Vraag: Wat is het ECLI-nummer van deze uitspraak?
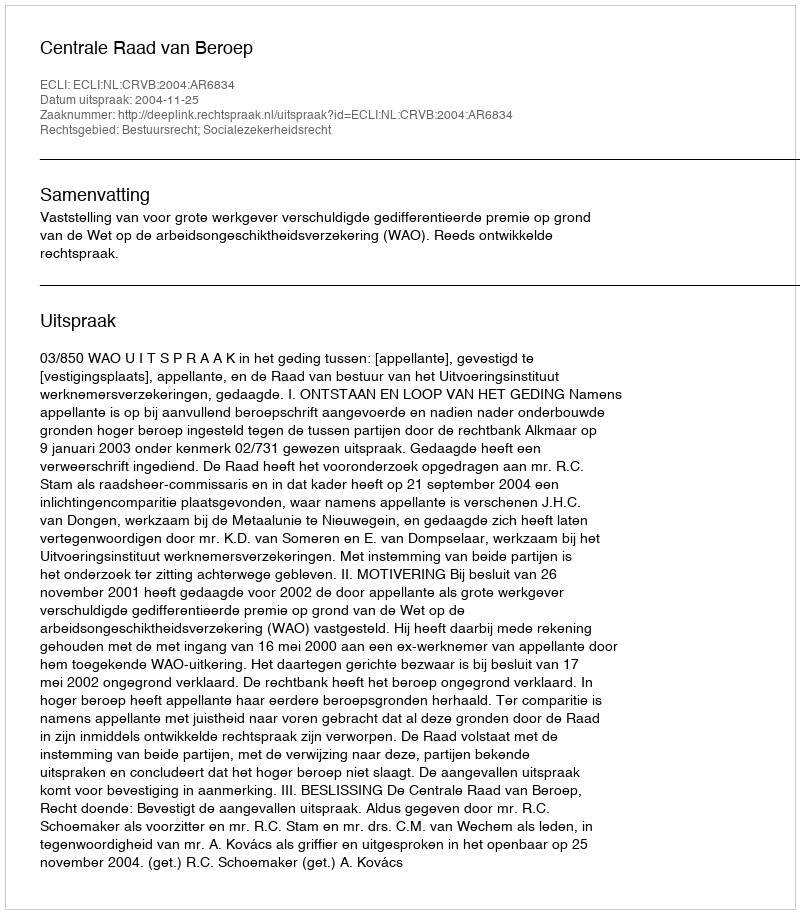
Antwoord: ECLI:NL:CRVB:2004:AR6834